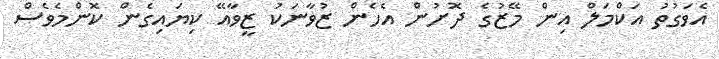
އެވަގުތު އަކްމަލް އިން މޭޒުގެ ދޮށުން އެހެން ޒުވާނަކު ޒީވާއޭ ކިޔައިގެން ކޮންމެވެސް